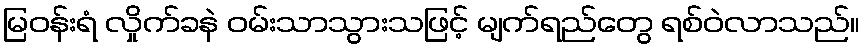
မြဝန်းရံ လှိုက်ခနဲ ဝမ်းသာသွားသဖြင့် မျက်ရည်တွေ ရစ်ဝဲလာသည်။